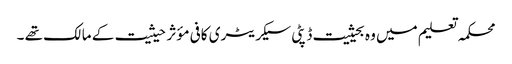
محکمہ تعلیم میں وہ بحیثیت ڈپٹی سیکریٹری کافی مؤثر حیثیت کے مالک تھے ۔